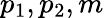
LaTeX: \, \! p_{1},p_{2},m